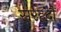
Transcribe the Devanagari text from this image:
सरहदौं